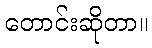
တောင်းဆိုတာ။